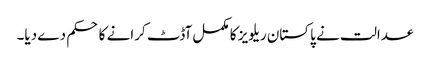
عدالت نے پاکستان ریلویز کا مکمل آڈٹ کرانے کا حکم دے دیا۔